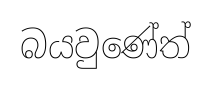
බයවුණේත්